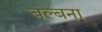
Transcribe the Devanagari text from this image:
बल्बना